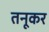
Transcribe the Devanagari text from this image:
तनूकर